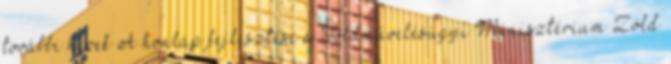
további hírek A honlap fejlesztése a Földművelésügyi Minisztérium Zöld